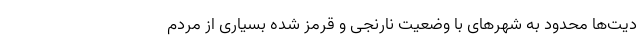
دیت‌ها محدود به شهرهای با وضعیت نارنجی و قرمز شده بسیاری از مردم